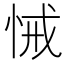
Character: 悈